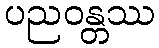
ပညဝန္တဿ